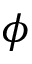
\phi